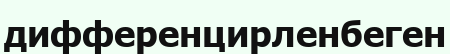
дифференцирленбеген